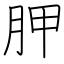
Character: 胛